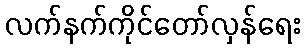
လက်နက်ကိုင်တော်လှန်ရေး